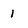
Character: 1